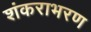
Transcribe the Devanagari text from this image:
शंकराभरण